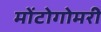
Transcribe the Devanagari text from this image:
मोंटोगोमरी